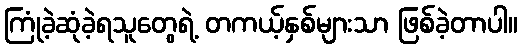
ကြုံခဲ့ဆုံခဲ့ရသူတွေရဲ့ တကယ့်နှစ်များသာ ဖြစ်ခဲ့တာပါ။